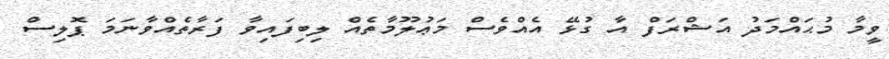
ވީމާ މުޙައްމަދު އަޝްރަފް އާ ގުޅޭ އެއްވެސް މަޢުލޫމާތެއް ލިބިފައިވާ ފަރާތެއްވާނަމަ ޕޮލިސް